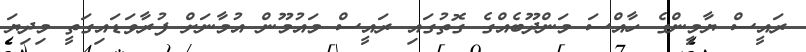
ރައީސް ޔާމީންގެ ހާއްސަ މަންދޫބެއްގެ ގޮތުގައި ރައީސް މައުމޫން އުމާނަށް ފުރާވަޑައިގަތީ މިދިޔަ